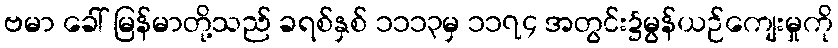
ဗမာ ခေါ် မြန်မာတို့သည် ခရစ်နှစ် ၁၁၁၃မှ ၁၁၇၄ အတွင်း၌မွန်ယဉ်ကျေးမှုကို